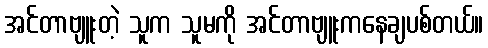
အင်တာဗျူးတဲ့ သူက သူမကို အင်တာဗျူးကနေချပစ်တယ်။